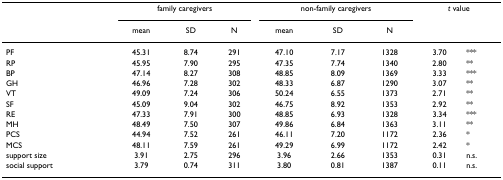
|  | <COLSPAN=3> family caregivers | <COLSPAN=3> non-family caregivers | <COLSPAN=2> t value |
 |  | mean | SD | N | mean | SD | N |  |  |
 | --- | --- | --- | --- | --- | --- | --- | --- | --- |
 | PF | 45.31 | 8.74 | 291 | 47.10 | 7.17 | 1328 | 3.70 | *** |
 | RP | 45.95 | 7.90 | 295 | 47.35 | 7.74 | 1340 | 2.80 | ** |
 | BP | 47.14 | 8.27 | 308 | 48.85 | 8.09 | 1369 | 3.33 | *** |
 | GH | 46.96 | 7.28 | 302 | 48.33 | 6.87 | 1290 | 3.07 | ** |
 | VT | 49.09 | 7.24 | 306 | 50.24 | 6.55 | 1373 | 2.71 | ** |
 | SF | 45.09 | 9.04 | 302 | 46.75 | 8.92 | 1353 | 2.92 | ** |
 | RE | 47.33 | 7.91 | 300 | 48.85 | 6.93 | 1328 | 3.34 | *** |
 | MH | 48.49 | 7.50 | 307 | 49.86 | 6.84 | 1363 | 3.11 | ** |
 | PCS | 44.94 | 7.52 | 261 | 46.11 | 7.20 | 1172 | 2.36 | * |
 | MCS | 48.11 | 7.59 | 261 | 49.29 | 6.99 | 1172 | 2.42 | * |
 | support size | 3.91 | 2.75 | 296 | 3.96 | 2.66 | 1353 | 0.31 | n.s. |
 | social support | 3.79 | 0.74 | 311 | 3.80 | 0.81 | 1387 | 0.11 | n.s. |